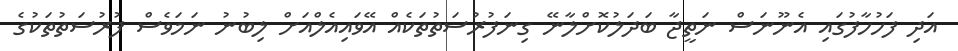
އަދި ފަހުހާފުގައި އެނޫނަސް ނަތީޖާ ބަދަލުކޮށްލާނޭ ގިނަފުރުސަތުތަކެއް އޭވައިއެލްއަށް ލިބުނު ނަމަވެސް ފުރުސަތުތަކުގެ